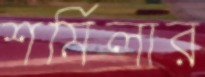
শর্মিলার